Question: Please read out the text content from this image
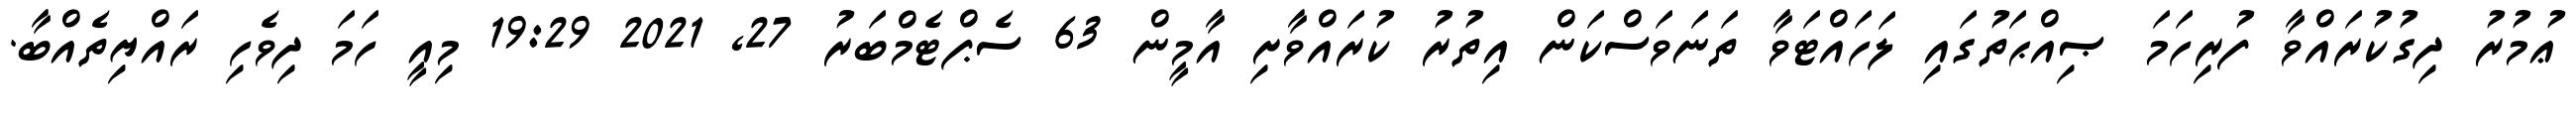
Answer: ޢުމުރު ދިގުކުރައްވާ ފުރިހަމަ ޞިއްޙަތުގައި ލަހައްޓަވާ ތަނަވަސްކަން އިތުރު ކުރައްވާށި އާމީން 63 ސެޕްޓެމްބަރު 27, 2021 19:29 މިއީ ހަމަ ދިވެހި ރައްޔިތެއްބާ.